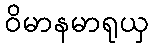
ဝိမာနမာရုယှ